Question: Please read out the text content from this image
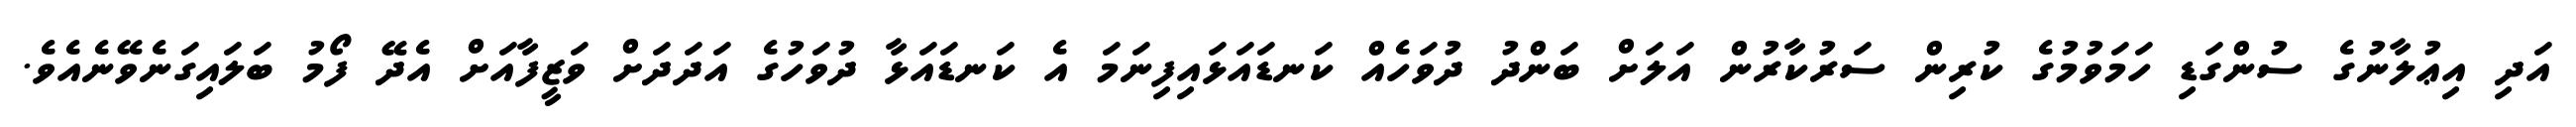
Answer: އަދި އިޢުލާނުގެ ސުންގަޑި ހަމަވުމުގެ ކުރިން ސަރުކާރުން އަލަށް ބަންދު ދުވަހެއް ކަނޑައަޅައިފިނަމަ އެ ކަނޑައަޅާ ދުވަހުގެ އަދަދަށް ވަޒީފާއަށް އެދޭ ފޯމު ބަލައިގަނެވޭނެއެވެ.